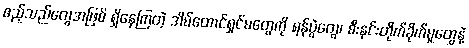
ဧည့်သည်တွေအဖြစ် ရှိနေကြတဲ့ အိမ်ထောင်ရှင်မတွေကို ရန်ပွဲတွေ၊ စီးနင်းတိုက်ခိုက်မှုတွေနဲ့